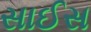
સાઈસ